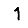
Digit: 1